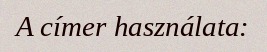
A címer használata: